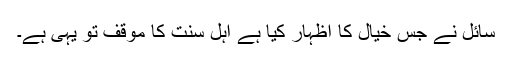
سائل نے جس خیال کا اظہار کیا ہے اہل سنت کا موقف تو یہی ہے۔